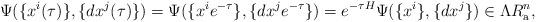
LaTeX: \begin{align*}\Psi(\{ x^i(\tau)\} ,\{ dx^j(\tau)\})=\Psi(\{ x^i e^{-\tau}\} ,\{ dx^j e^{-\tau} \} )=e^{-\tau H}\Psi(\{ x^i \} ,\{ dx^j \} )\in \Lambda R^n_{\rm a},\end{align*}